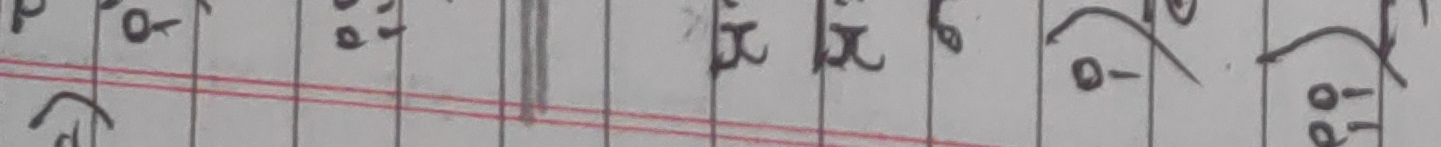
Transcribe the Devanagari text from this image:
एक्स एक्स रुं वा-